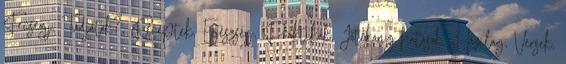
Fecsegj, Tudjátok?, Receptek, Egészség, Praktikák, Jótékony hatások, Házilag, Versek,